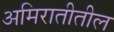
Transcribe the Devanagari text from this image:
अमिरातीतील